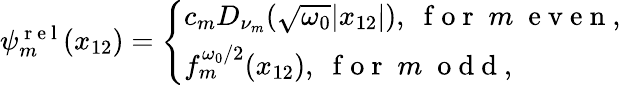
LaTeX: \begin{array}{r}{\psi_{m}^{\mathrm{~r~e~l~}}(x_{12})=\left\{ \begin{array}{ll}{c_{m}D_{\nu_{m}}(\sqrt{\omega_{0}}|x_{12}|),\; \mathrm{~f~o~r~}\; m\; \mathrm{~e~v~e~n~},}\\ {f_{m}^{\omega_{0}/2}(x_{12}),\; \mathrm{~f~o~r~}\; m\; \mathrm{~o~d~d~},}\end{array}\right.}\end{array}